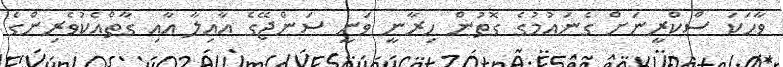
ވާހަކަ ސްކްރީނަށް ގެނައުމުގެ ގޮތުން ހިރާނީ ވަނީ ސަންޖޭގެ އާއިލާ އާއި ގާތްއެކުވެރިންގެ